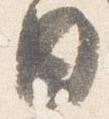
日